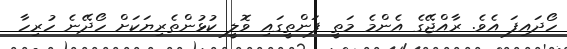
ހޯދައިފަ އެވެ. ރާއްޖޭގެ އެންމެ މަތީ ފަންތީގައި ވޮލީ ކުޅުންތެރިޔަކަށް ހޯދޭނެ ހުރިހާ